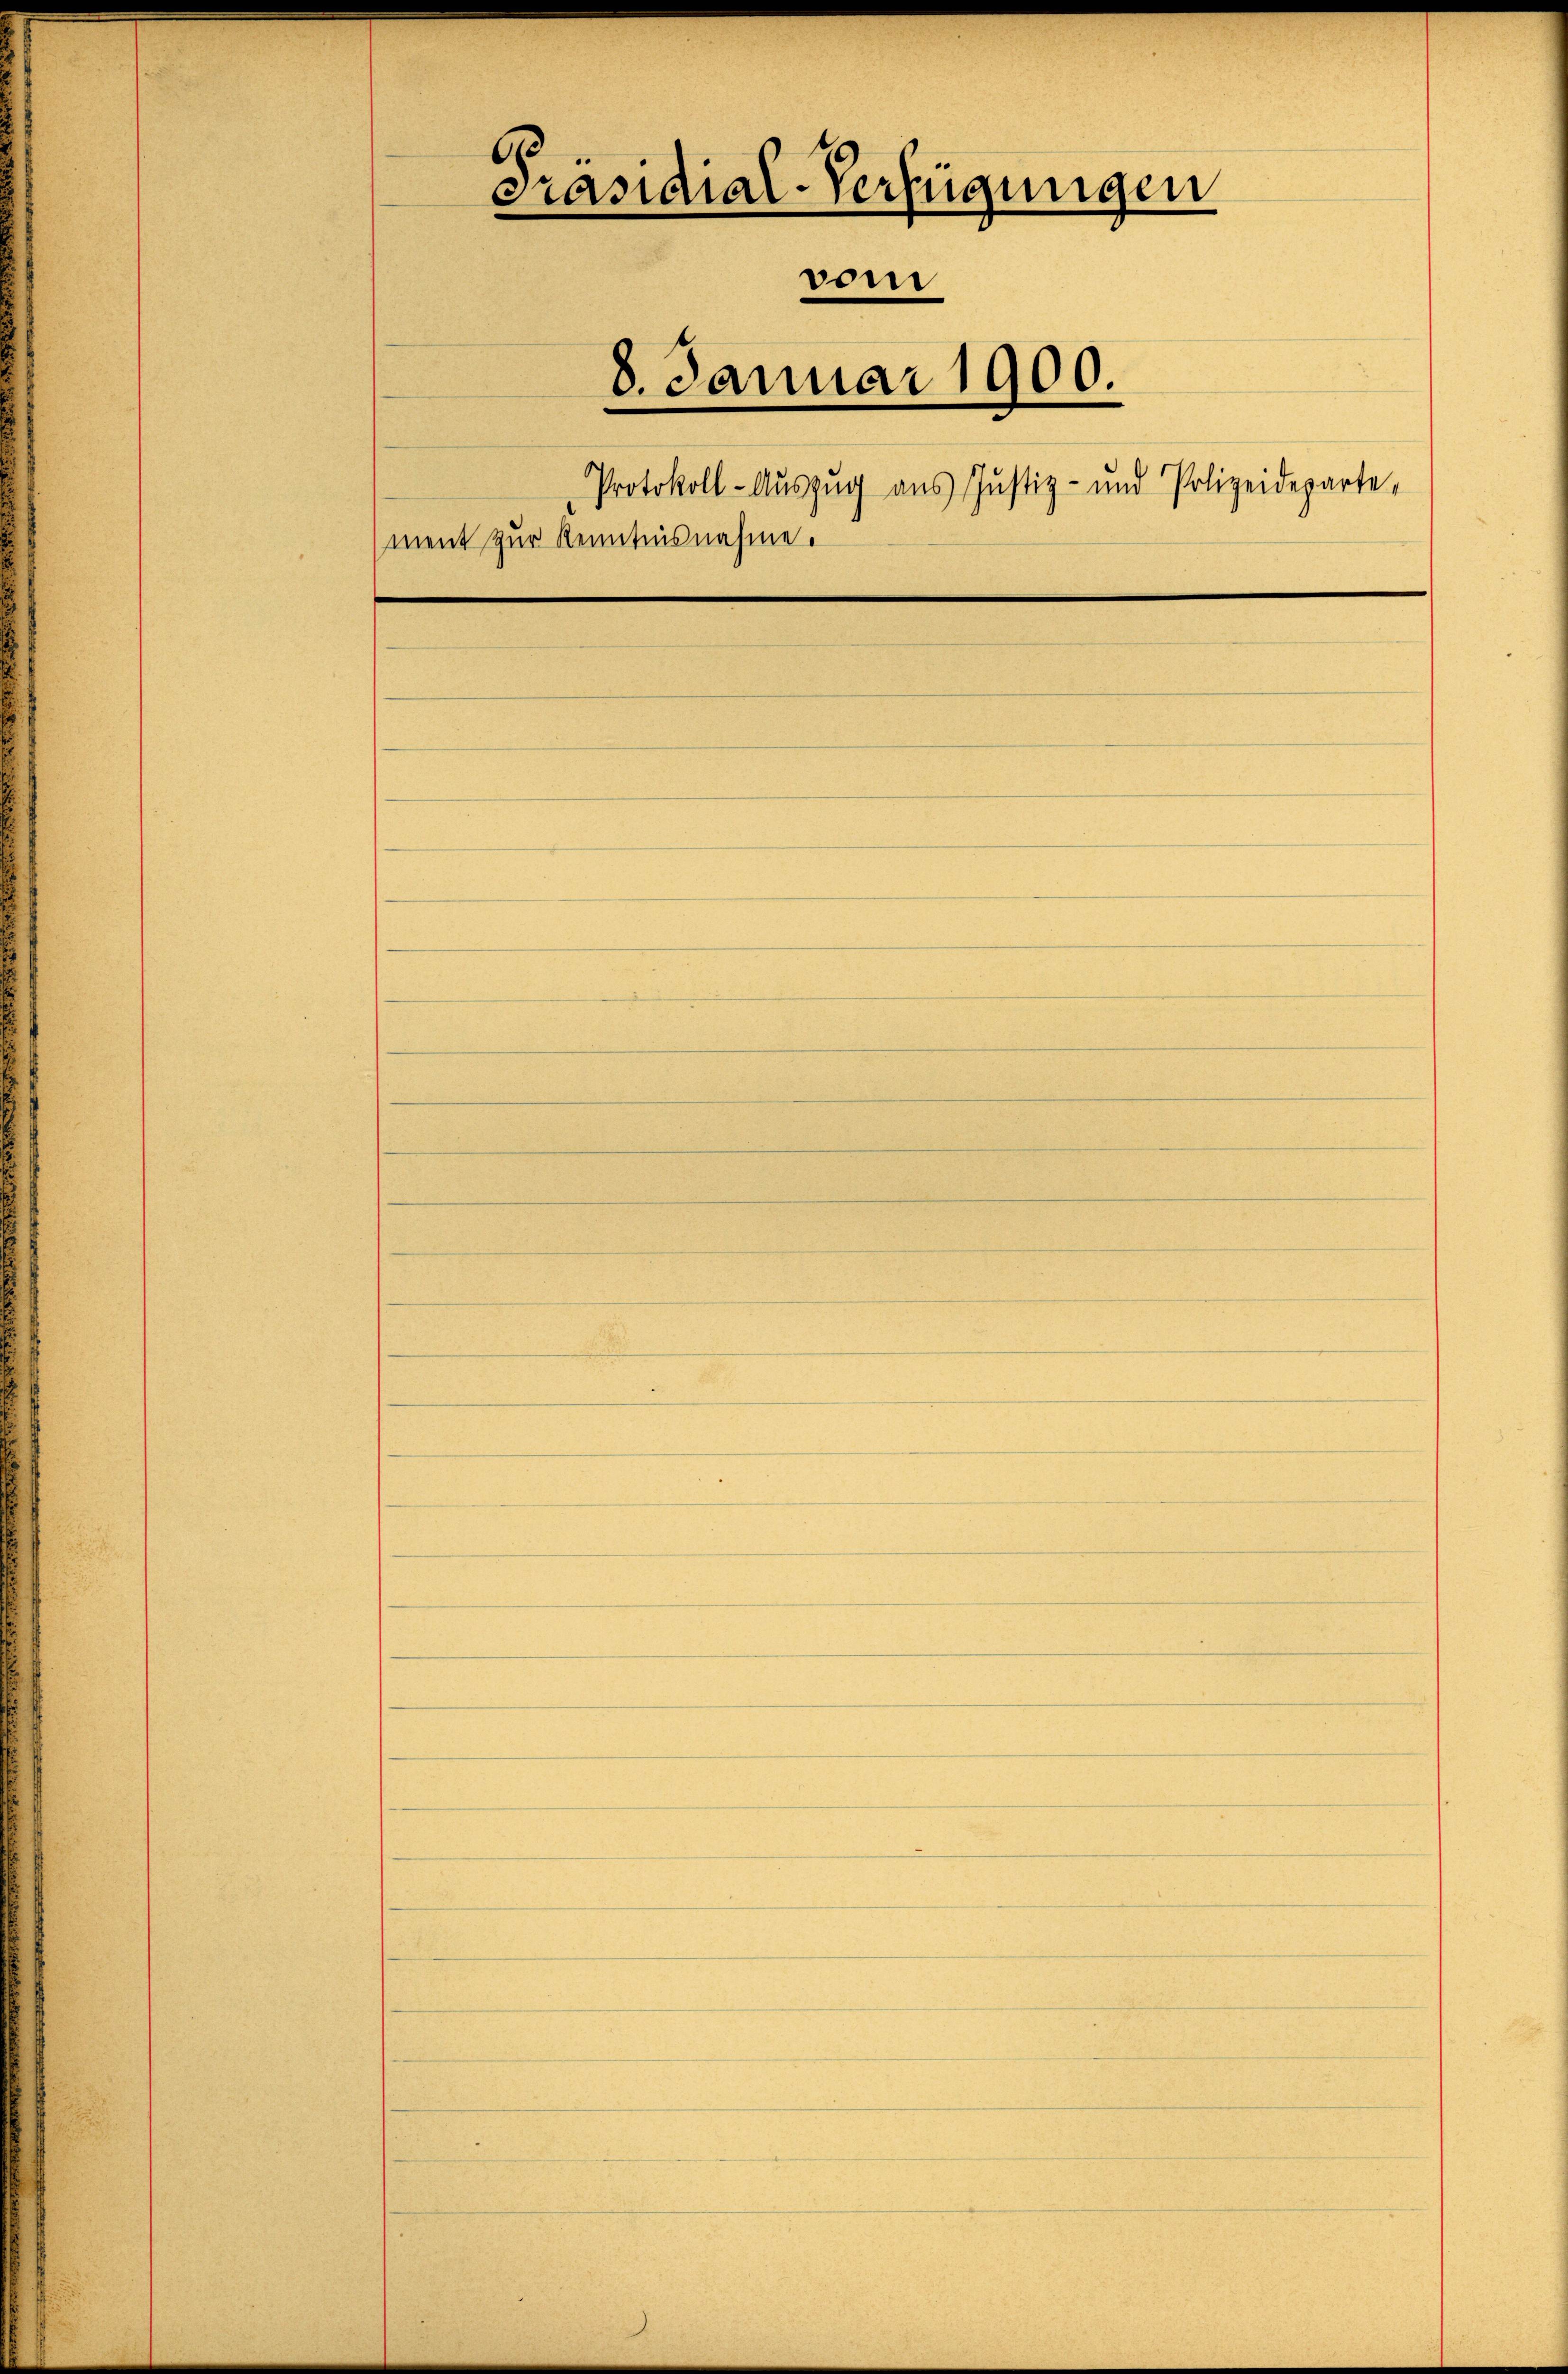
6.
Präsidial-Verfügungen
vom
8. Januar 1900.
Protokoll-Auszug aus Justiz- und Polizeideparte,
ment zur Kenntnisnahme.